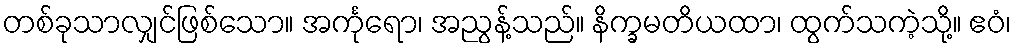
တစ်ခုသာလျှင်ဖြစ်သော။ အင်္ကုရော၊ အညွန့်သည်။ နိက္ခမတိယထာ၊ ထွက်သကဲ့သို့။ ဧဝံ၊